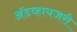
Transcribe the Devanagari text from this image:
ॲडव्हायजरी